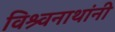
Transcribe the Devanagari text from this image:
विश्र्वनाथांनी